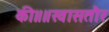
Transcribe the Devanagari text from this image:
की॥॥खासतौर